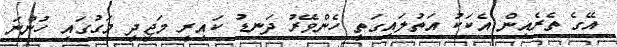
އޭގެ ތެރެއިން އެކަކު އަތުލައިގަތީ ހެންވޭރު ދަނޑު ކައިރީ މަޖީދީ މަގުގައި ހުންނަ